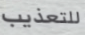
للتعذيب